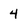
Character: 4